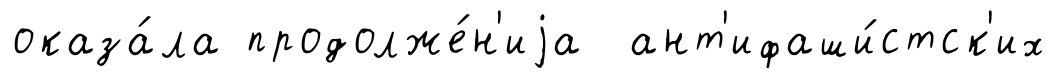
оказа́ла продолже́н'иjа ант'ифаши́стск'их